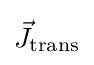
{\vec {J}}_{\mathrm {trans} }